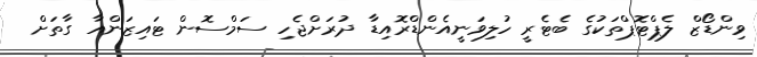
ވިންޑޯޒް ލެޕްޓޮޕްތަކުގެ ބެޓެރީ ހުލިވަނީއެންޑްރޮއިޑާ ދުރަށްޖެހި ސަމްސޮން ޓައިޒަންއާ ގާތަށް